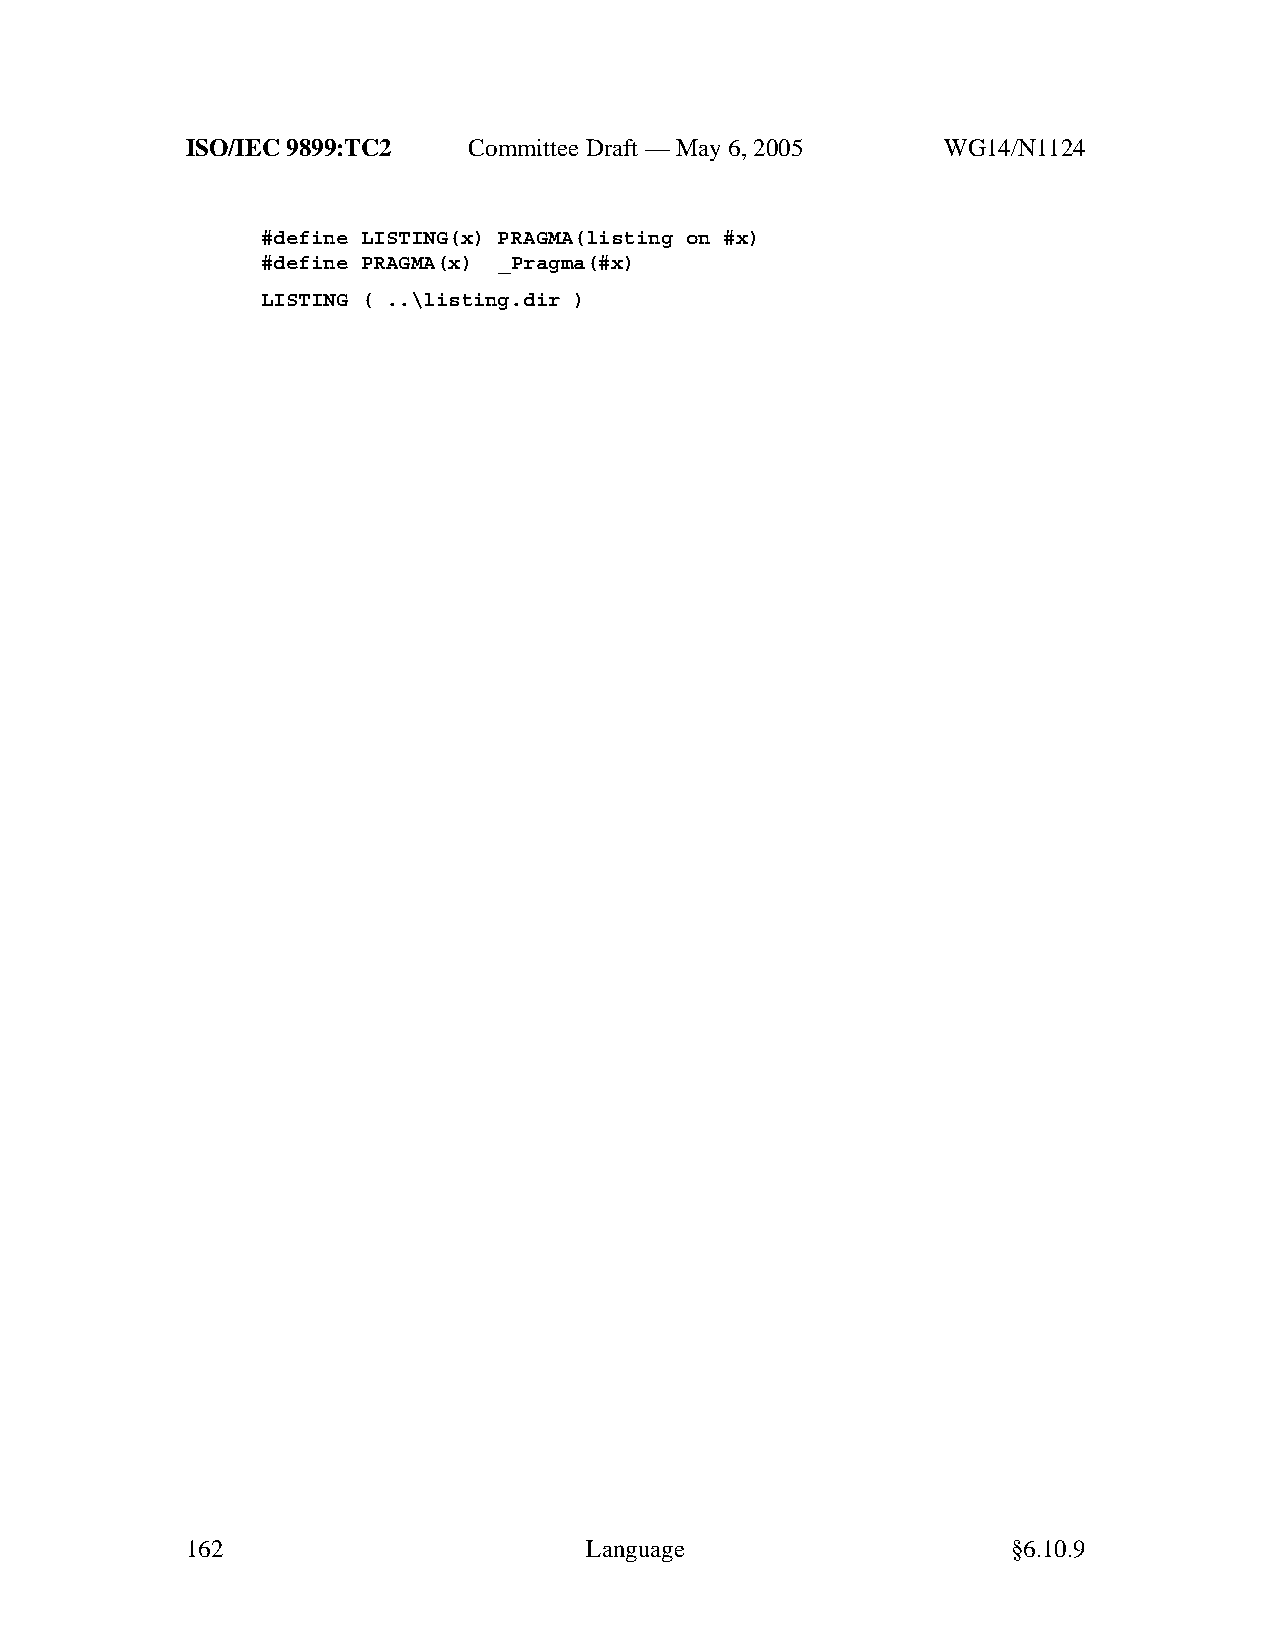
ISO/IEC 9899:TC2   Committee Draft — May 6, 2005   WG14/N1124
 #define LISTING(x) PRAGMA(listing on #x)
 #define PRAGMA(x) _Pragma(#x)
 LISTING ( ..\listing.dir )
 162                        Language                    §6.10.9